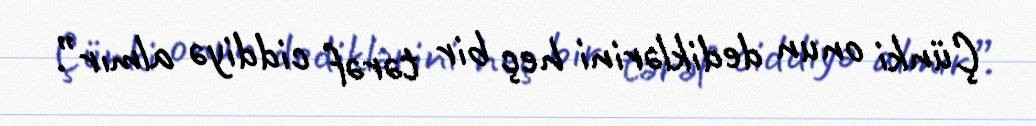
Çünki onun dediklərini heç bir tərəf ciddiyə almır”.